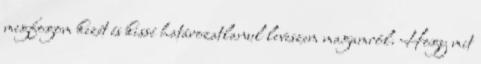
megfogom kezét és kissé határozatlanul leveszem magamról. Hogy mit